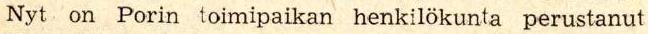
Nyt on Porin toimipaikan henkilökunta perustanut